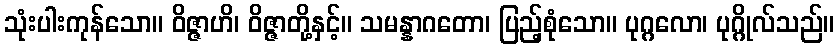
သုံးပါးကုန်သော။ ဝိဇ္ဇာဟိ၊ ဝိဇ္ဇာတို့နှင့်။ သမန္နာဂတော၊ ပြည့်စုံသော။ ပုဂ္ဂလော၊ ပုဂ္ဂိုလ်သည်။